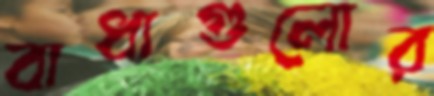
বাধাগুলোর